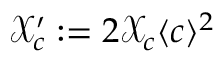
\mathcal { X } _ { c } ^ { \prime } : = 2 \mathcal { X } _ { c } \langle c \rangle ^ { 2 }